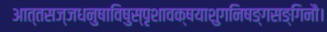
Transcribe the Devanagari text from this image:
आत्तसज्जधनुषाविषुस्पृशावक्षयाशुगनिषङ्गसङ्गिनौ।